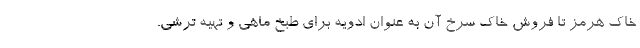
خاک هرمز تا فروش خاک سرخ آن به عنوان ادویه برای طبخ ماهی و تهیه ترشی.